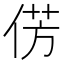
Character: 𪝆